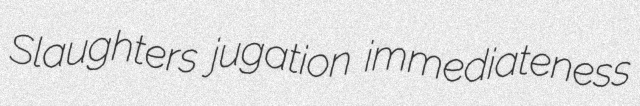
Slaughters jugation immediateness